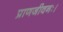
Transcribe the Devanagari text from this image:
प्राणजीवनः।